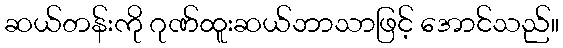
ဆယ်တန်းကို ဂုဏ်ထူးဆယ်ဘာသာဖြင့် အောင်သည်။